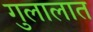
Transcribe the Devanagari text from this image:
गुलालात